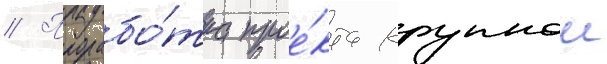
// Прорабо́тка прое́кта крупнои